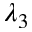
\lambda _ { 3 }